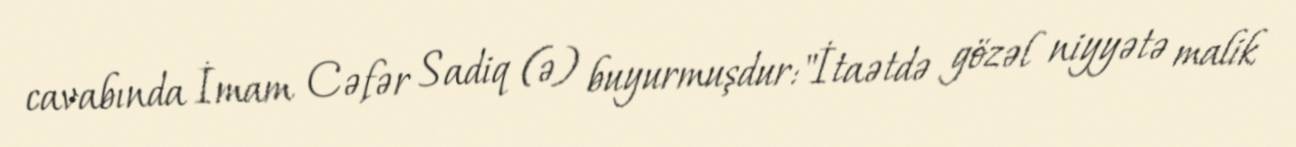
cavabında İmam Cəfər Sadiq (ə) buyurmuşdur:"İtaətdə gözəl niyyətə malik